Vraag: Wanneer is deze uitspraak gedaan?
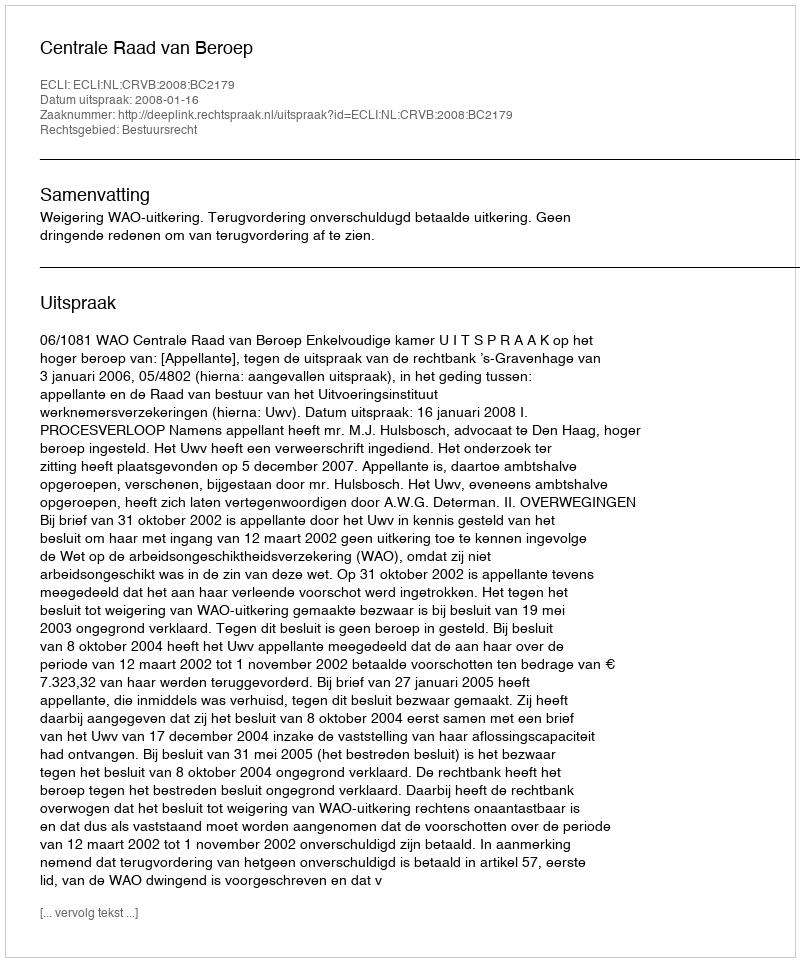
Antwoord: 2008-01-16